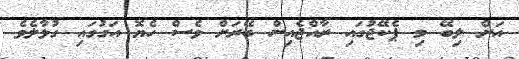
އަށް ލިބޭ މި ޕެކޭޖުގައި ރާއްޖެއިން ބޭރަށް ވެސް ހެޔޮ އަގުގައި ގުޅާލެވެ